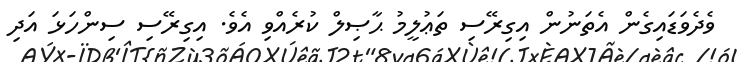
ވެދެވަޑައިގެން އެތަނުން އިގިރޭސި ތަޢުލީމު ޙާޞިލް ކުރެއްވި އެވެ. އިގިރޭސި ސިންހަޅަ އަދި